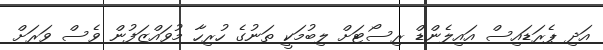
އަދި ޕެރަޑައިސް އައިލެންޑް ރިސޯޓަށް ލިބުމަކީ ތަނުގެ ހުރިހާ މުވައްޒަފުން ވެސް ވަރަށް